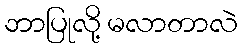
ဘာပြုလို့ မလာတာလဲ